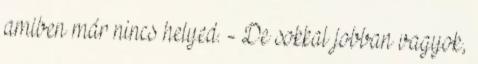
amiben már nincs helyed. - De sokkal jobban vagyok,